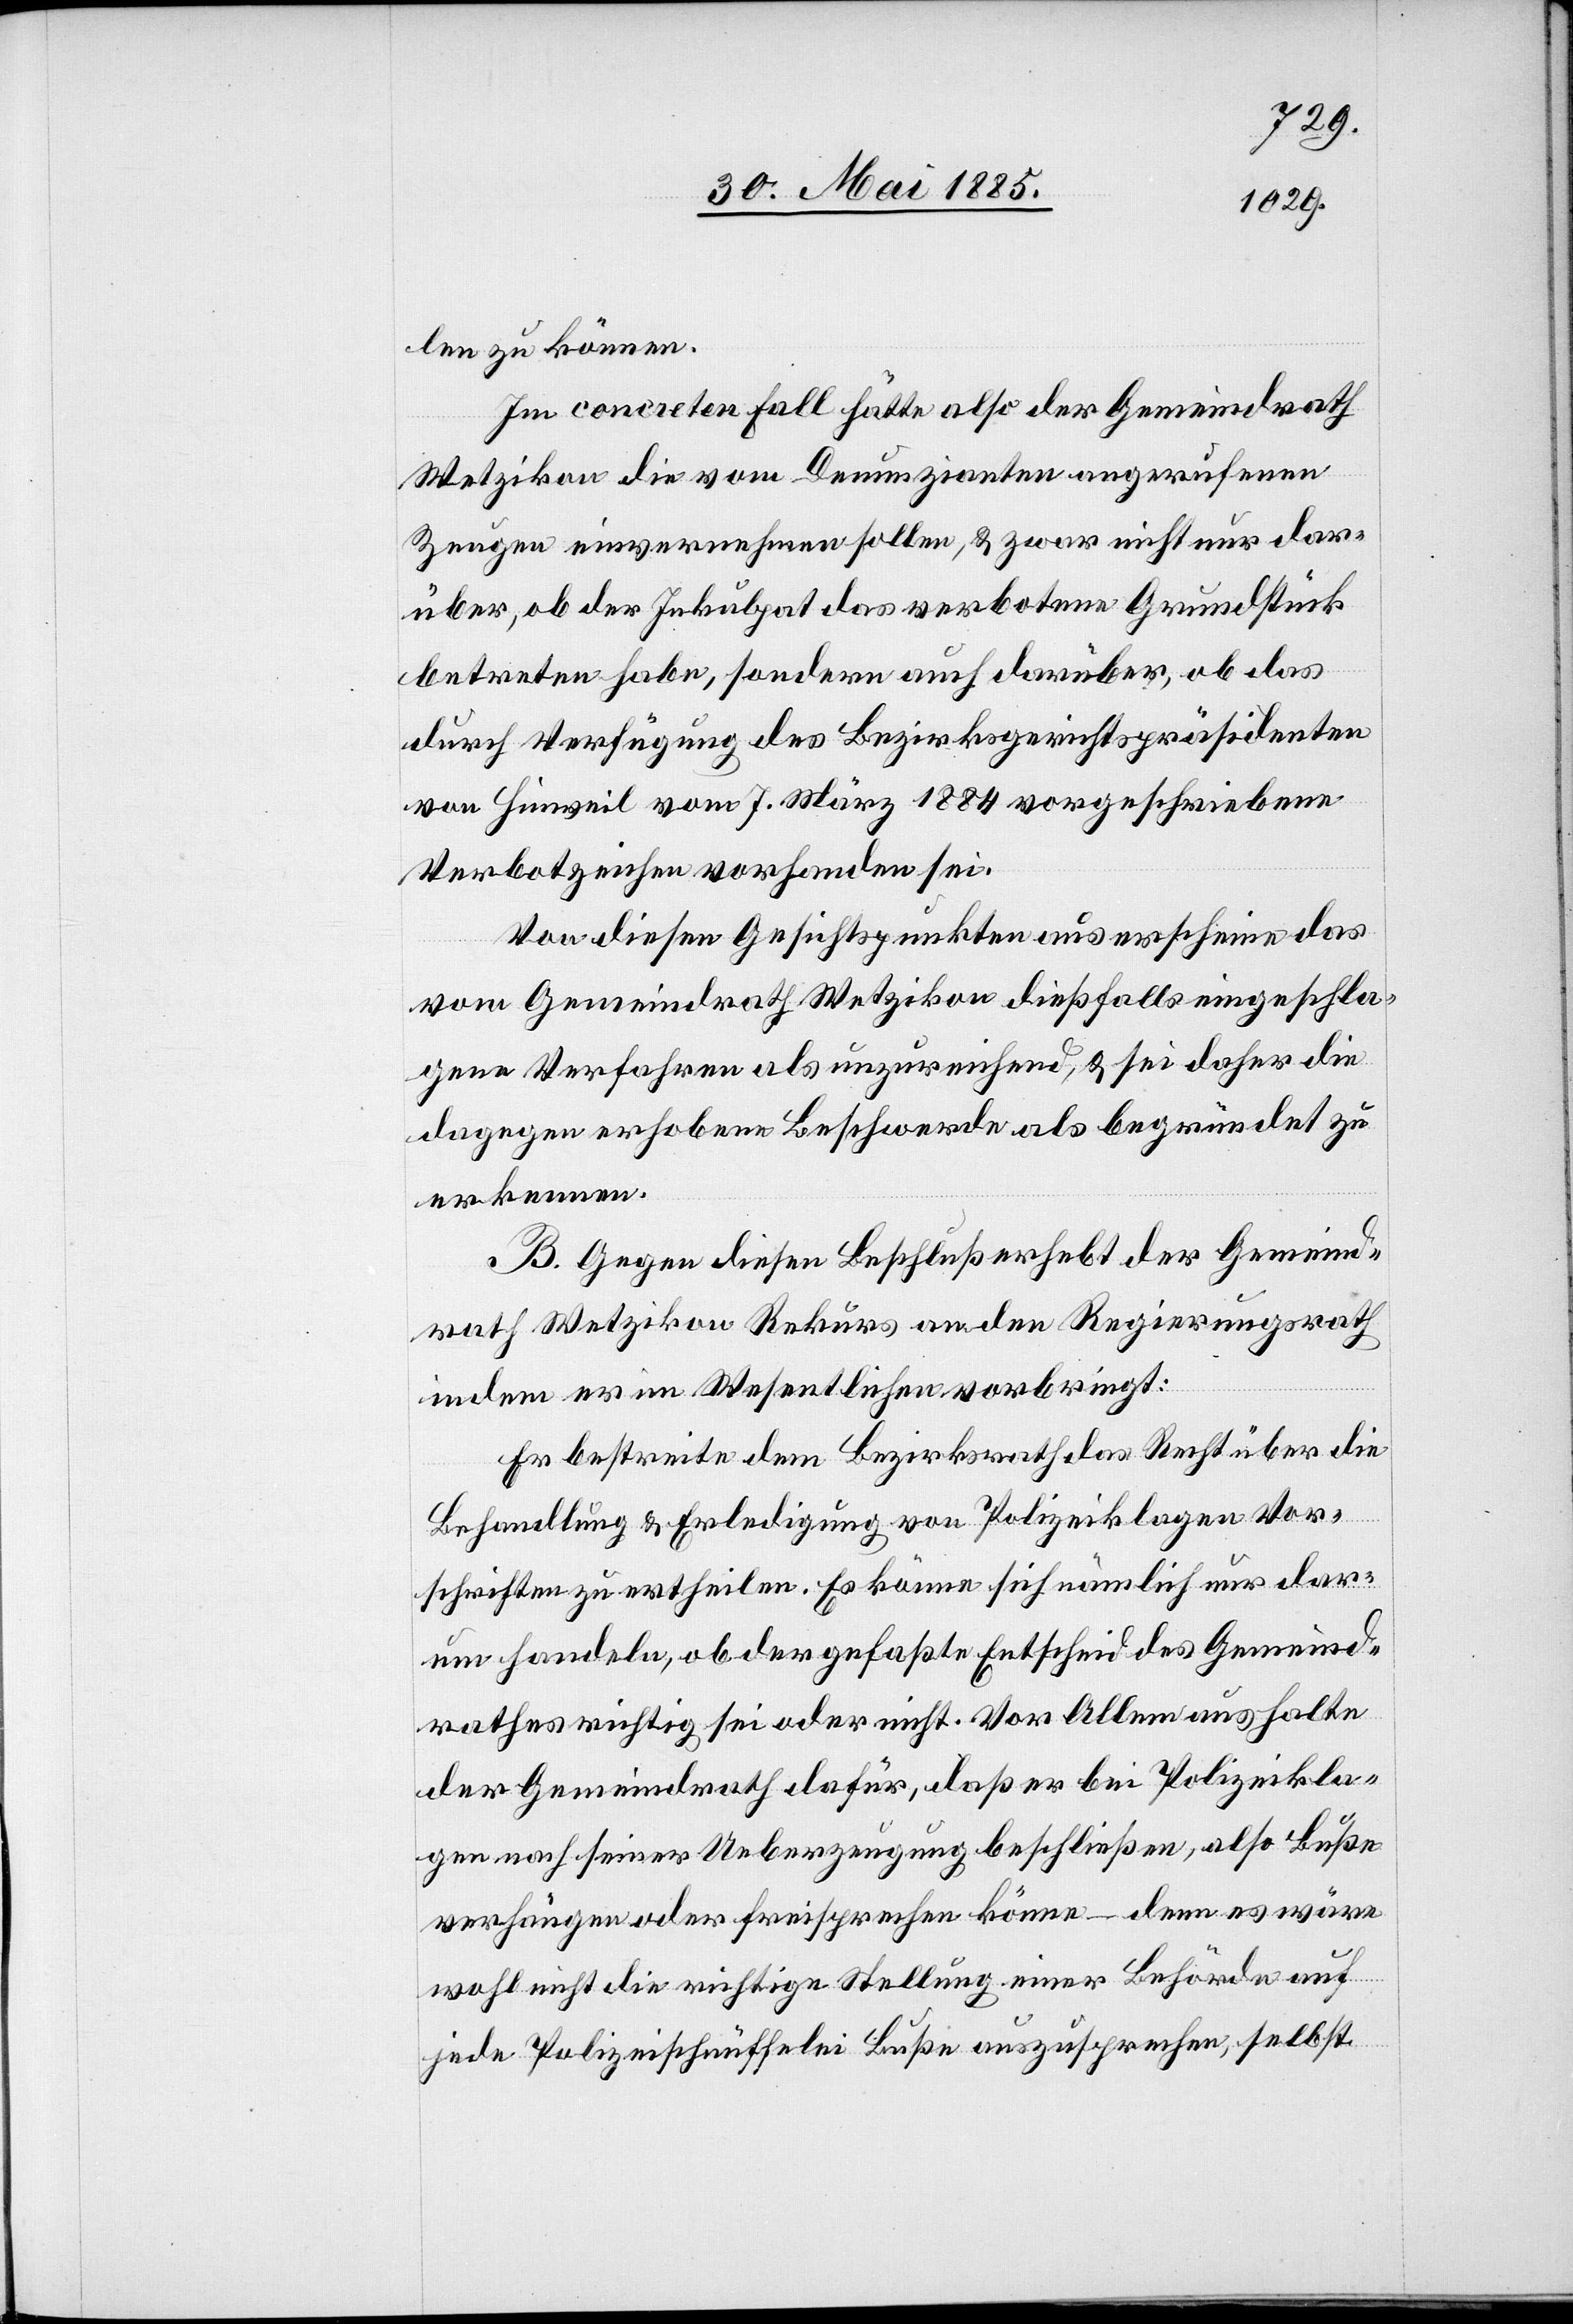
len zu können.
Im concreten Fall hätte also der Gemeindrath
Wetzikon die vom Denunzianten angerufenen
Zeugen einvernehmen sollen, & zwar nicht nur dar¬
über, ob der Inkulpat das verbotene Grundstück
betreten habe, sondern auch darüber, ob das
durch Verfügung des Bezirksgerichtspräsidenten
von Hinweil vom 7. März 1884 vorgeschriebene
Verbotzeichen vorhanden sei.
Von diesem Gesichtspunkte aus erscheine das
vom Gemeindrath Wetzikon dießfalls eingeschla¬
gene Verfahren als unzureichend, & sei daher die
dagegen erhobene Beschwerde als begründet zu
erkennen.
B. Gegen diesen Beschluß erhebt der Gemeind¬
rath Wetzikon Rekurs an den Regierungsrath
indem er im Wesentlichen vorbringt:
Er bestreite dem Bezirksrath das Recht über die
Behandlung & Erledigung von Polizeiklagen Vor¬
schriften zu ertheilen. Es könne sich nämlich nur dar¬
um handeln, ob der gefaßte Entscheid des Gemeind¬
rathes richtig sei oder nicht. Vor Allem aus halte
der Gemeindrath dafür, daß er bei Polizeikla¬
gen nach seiner Ueberzeugung beschließen, also Buße
verhängen oder freisprechen könne – denn es wäre
wohl nicht die richtige Stellung einer Behörde auf
jede Polizeischnüffelei Buße auszusprechen, selbst